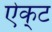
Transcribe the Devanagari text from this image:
ऐक्‌ट